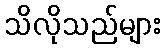
သိလိုသည်များ